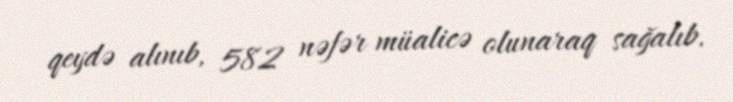
qeydə alınıb, 582 nəfər müalicə olunaraq sağalıb.